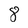
Character: 8